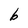
Character: b